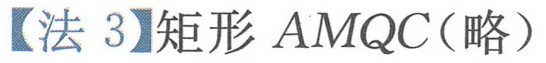
【法3】矩形 \(AMQC\)（略）